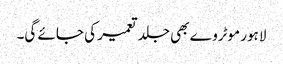
لاہور موٹروے بھی جلد تعمیر کی جائے گی۔